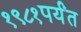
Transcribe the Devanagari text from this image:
१९८१पर्यंत